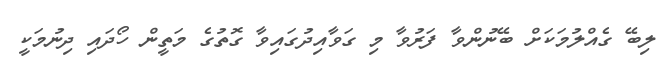
ލިބޭ ގެއްލުމަކަށް ބޭނުންވާ ފަރުވާ މި ގަވާއިދުގައިވާ ގޮތުގެ މަތީން ހޯދައި ދިނުމަކީ